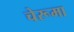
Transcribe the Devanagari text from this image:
चेरूमा